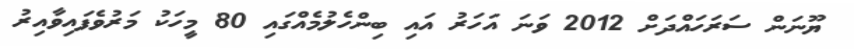
ޔޫނަން ސަރަހައްދަށް 2012 ވަނަ އަހަރު އައި ބިންހެލުމެއްގައި 80 މީހަކު މަރުވެފައިވާއިރު